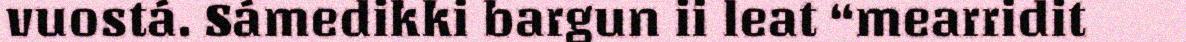
vuostá. Sámedikki bargun ii leat “mearridit